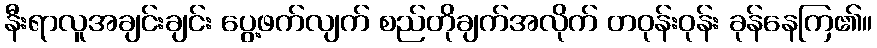
နီးရာလူအချင်းချင်း ပွေ့ဖက်လျက် စည်တိုချက်အလိုက် တဝုန်းဝုန်း ခုန်နေကြ၏။